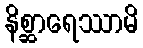
နိစ္ဆာရေဿာမိ